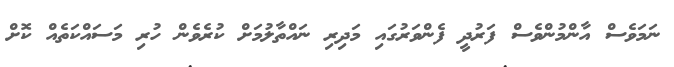
ނަމަވެސް އާންމުންވެސް ފަރުދީ ފެންވަރުގައި މަދިރި ނައްތާލުމަށް ކުރެވެން ހުރި މަސައްކަތެއް ކޮށް